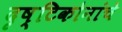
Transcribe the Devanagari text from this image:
दृष्टिकोनांचे